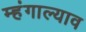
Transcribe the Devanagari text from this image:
म्हंगाल्याव